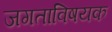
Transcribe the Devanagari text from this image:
जगताविषयक